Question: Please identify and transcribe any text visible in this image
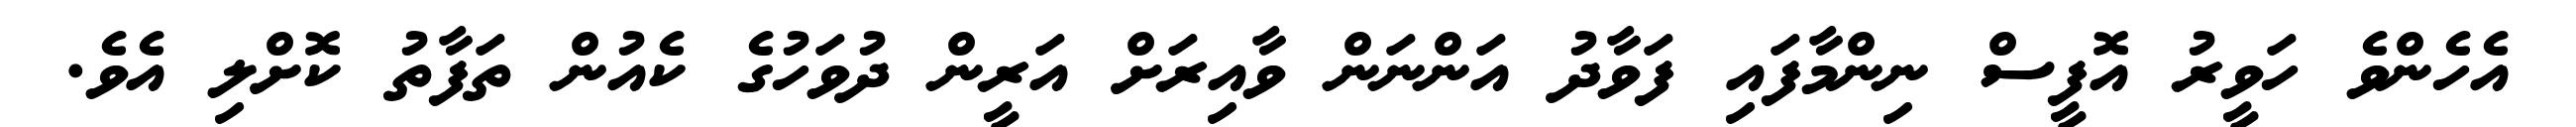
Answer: އެހެންވެ ހަވީރު އޮފީސް ނިންމާފައި ފަވާދު އަންނަން ވާއިރަށް އަރީން ދުވަހުގެ ކެއުން ތަފާތު ކޮށްލި އެވެ.